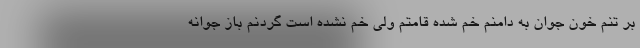
بر تنم خون جوان به دامنم خم شده قامتم ولی خم نشده است گردنم باز جوانه